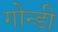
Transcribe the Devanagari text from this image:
गोन्डी